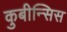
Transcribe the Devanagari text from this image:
कुबीन्सिस